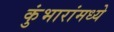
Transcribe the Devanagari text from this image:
कुंभारांमध्ये